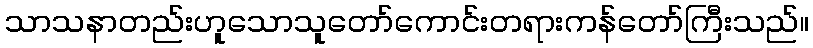
သာသနာတည်းဟူသောသူတော်ကောင်းတရားကန်တော်ကြီးသည်။